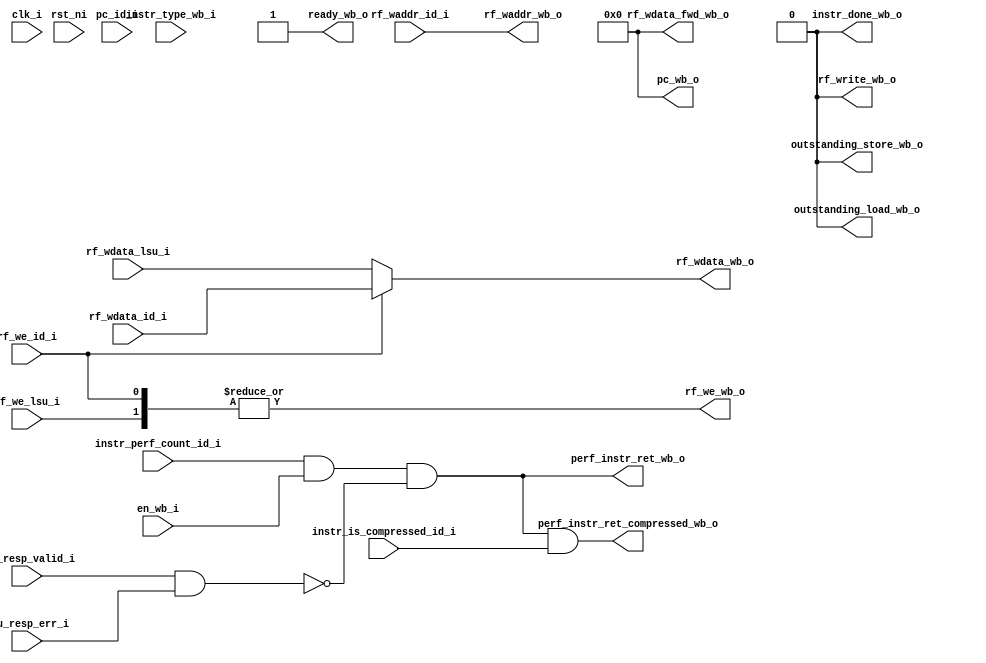
module ibex_wb_stage (
	clk_i,
	rst_ni,
	en_wb_i,
	instr_type_wb_i,
	pc_id_i,
	instr_is_compressed_id_i,
	instr_perf_count_id_i,
	ready_wb_o,
	rf_write_wb_o,
	outstanding_load_wb_o,
	outstanding_store_wb_o,
	pc_wb_o,
	perf_instr_ret_wb_o,
	perf_instr_ret_compressed_wb_o,
	rf_waddr_id_i,
	rf_wdata_id_i,
	rf_we_id_i,
	rf_wdata_lsu_i,
	rf_we_lsu_i,
	rf_wdata_fwd_wb_o,
	rf_waddr_wb_o,
	rf_wdata_wb_o,
	rf_we_wb_o,
	lsu_resp_valid_i,
	lsu_resp_err_i,
	instr_done_wb_o
);
	parameter [0:0] WritebackStage = 1'b0;
	input wire clk_i;
	input wire rst_ni;
	input wire en_wb_i;
	input wire [1:0] instr_type_wb_i;
	input wire [31:0] pc_id_i;
	input wire instr_is_compressed_id_i;
	input wire instr_perf_count_id_i;
	output wire ready_wb_o;
	output wire rf_write_wb_o;
	output wire outstanding_load_wb_o;
	output wire outstanding_store_wb_o;
	output wire [31:0] pc_wb_o;
	output wire perf_instr_ret_wb_o;
	output wire perf_instr_ret_compressed_wb_o;
	input wire [4:0] rf_waddr_id_i;
	input wire [31:0] rf_wdata_id_i;
	input wire rf_we_id_i;
	input wire [31:0] rf_wdata_lsu_i;
	input wire rf_we_lsu_i;
	output wire [31:0] rf_wdata_fwd_wb_o;
	output wire [4:0] rf_waddr_wb_o;
	output wire [31:0] rf_wdata_wb_o;
	output wire rf_we_wb_o;
	input wire lsu_resp_valid_i;
	input wire lsu_resp_err_i;
	output wire instr_done_wb_o;
	localparam integer RegFileFF = 0;
	localparam integer RegFileFPGA = 1;
	localparam integer RegFileLatch = 2;
	localparam integer RV32MNone = 0;
	localparam integer RV32MSlow = 1;
	localparam integer RV32MFast = 2;
	localparam integer RV32MSingleCycle = 3;
	localparam integer RV32BNone = 0;
	localparam integer RV32BBalanced = 1;
	localparam integer RV32BFull = 2;
	localparam [6:0] OPCODE_LOAD = 7'h03;
	localparam [6:0] OPCODE_MISC_MEM = 7'h0f;
	localparam [6:0] OPCODE_OP_IMM = 7'h13;
	localparam [6:0] OPCODE_AUIPC = 7'h17;
	localparam [6:0] OPCODE_STORE = 7'h23;
	localparam [6:0] OPCODE_OP = 7'h33;
	localparam [6:0] OPCODE_LUI = 7'h37;
	localparam [6:0] OPCODE_BRANCH = 7'h63;
	localparam [6:0] OPCODE_JALR = 7'h67;
	localparam [6:0] OPCODE_JAL = 7'h6f;
	localparam [6:0] OPCODE_SYSTEM = 7'h73;
	localparam [5:0] ALU_ADD = 0;
	localparam [5:0] ALU_SUB = 1;
	localparam [5:0] ALU_XOR = 2;
	localparam [5:0] ALU_OR = 3;
	localparam [5:0] ALU_AND = 4;
	localparam [5:0] ALU_XNOR = 5;
	localparam [5:0] ALU_ORN = 6;
	localparam [5:0] ALU_ANDN = 7;
	localparam [5:0] ALU_SRA = 8;
	localparam [5:0] ALU_SRL = 9;
	localparam [5:0] ALU_SLL = 10;
	localparam [5:0] ALU_SRO = 11;
	localparam [5:0] ALU_SLO = 12;
	localparam [5:0] ALU_ROR = 13;
	localparam [5:0] ALU_ROL = 14;
	localparam [5:0] ALU_GREV = 15;
	localparam [5:0] ALU_GORC = 16;
	localparam [5:0] ALU_SHFL = 17;
	localparam [5:0] ALU_UNSHFL = 18;
	localparam [5:0] ALU_LT = 19;
	localparam [5:0] ALU_LTU = 20;
	localparam [5:0] ALU_GE = 21;
	localparam [5:0] ALU_GEU = 22;
	localparam [5:0] ALU_EQ = 23;
	localparam [5:0] ALU_NE = 24;
	localparam [5:0] ALU_MIN = 25;
	localparam [5:0] ALU_MINU = 26;
	localparam [5:0] ALU_MAX = 27;
	localparam [5:0] ALU_MAXU = 28;
	localparam [5:0] ALU_PACK = 29;
	localparam [5:0] ALU_PACKU = 30;
	localparam [5:0] ALU_PACKH = 31;
	localparam [5:0] ALU_SEXTB = 32;
	localparam [5:0] ALU_SEXTH = 33;
	localparam [5:0] ALU_CLZ = 34;
	localparam [5:0] ALU_CTZ = 35;
	localparam [5:0] ALU_PCNT = 36;
	localparam [5:0] ALU_SLT = 37;
	localparam [5:0] ALU_SLTU = 38;
	localparam [5:0] ALU_CMOV = 39;
	localparam [5:0] ALU_CMIX = 40;
	localparam [5:0] ALU_FSL = 41;
	localparam [5:0] ALU_FSR = 42;
	localparam [5:0] ALU_SBSET = 43;
	localparam [5:0] ALU_SBCLR = 44;
	localparam [5:0] ALU_SBINV = 45;
	localparam [5:0] ALU_SBEXT = 46;
	localparam [5:0] ALU_BEXT = 47;
	localparam [5:0] ALU_BDEP = 48;
	localparam [5:0] ALU_BFP = 49;
	localparam [5:0] ALU_CLMUL = 50;
	localparam [5:0] ALU_CLMULR = 51;
	localparam [5:0] ALU_CLMULH = 52;
	localparam [5:0] ALU_CRC32_B = 53;
	localparam [5:0] ALU_CRC32C_B = 54;
	localparam [5:0] ALU_CRC32_H = 55;
	localparam [5:0] ALU_CRC32C_H = 56;
	localparam [5:0] ALU_CRC32_W = 57;
	localparam [5:0] ALU_CRC32C_W = 58;
	localparam [1:0] MD_OP_MULL = 0;
	localparam [1:0] MD_OP_MULH = 1;
	localparam [1:0] MD_OP_DIV = 2;
	localparam [1:0] MD_OP_REM = 3;
	localparam [1:0] CSR_OP_READ = 0;
	localparam [1:0] CSR_OP_WRITE = 1;
	localparam [1:0] CSR_OP_SET = 2;
	localparam [1:0] CSR_OP_CLEAR = 3;
	localparam [1:0] PRIV_LVL_M = 2'b11;
	localparam [1:0] PRIV_LVL_H = 2'b10;
	localparam [1:0] PRIV_LVL_S = 2'b01;
	localparam [1:0] PRIV_LVL_U = 2'b00;
	localparam [3:0] XDEBUGVER_NO = 4'd0;
	localparam [3:0] XDEBUGVER_STD = 4'd4;
	localparam [3:0] XDEBUGVER_NONSTD = 4'd15;
	localparam [1:0] WB_INSTR_LOAD = 0;
	localparam [1:0] WB_INSTR_STORE = 1;
	localparam [1:0] WB_INSTR_OTHER = 2;
	localparam [1:0] OP_A_REG_A = 0;
	localparam [1:0] OP_A_FWD = 1;
	localparam [1:0] OP_A_CURRPC = 2;
	localparam [1:0] OP_A_IMM = 3;
	localparam [0:0] IMM_A_Z = 0;
	localparam [0:0] IMM_A_ZERO = 1;
	localparam [0:0] OP_B_REG_B = 0;
	localparam [0:0] OP_B_IMM = 1;
	localparam [2:0] IMM_B_I = 0;
	localparam [2:0] IMM_B_S = 1;
	localparam [2:0] IMM_B_B = 2;
	localparam [2:0] IMM_B_U = 3;
	localparam [2:0] IMM_B_J = 4;
	localparam [2:0] IMM_B_INCR_PC = 5;
	localparam [2:0] IMM_B_INCR_ADDR = 6;
	localparam [0:0] RF_WD_EX = 0;
	localparam [0:0] RF_WD_CSR = 1;
	localparam [2:0] PC_BOOT = 0;
	localparam [2:0] PC_JUMP = 1;
	localparam [2:0] PC_EXC = 2;
	localparam [2:0] PC_ERET = 3;
	localparam [2:0] PC_DRET = 4;
	localparam [2:0] PC_BP = 5;
	localparam [1:0] EXC_PC_EXC = 0;
	localparam [1:0] EXC_PC_IRQ = 1;
	localparam [1:0] EXC_PC_DBD = 2;
	localparam [1:0] EXC_PC_DBG_EXC = 3;
	localparam [5:0] EXC_CAUSE_IRQ_SOFTWARE_M = {1'b1, 5'd3};
	localparam [5:0] EXC_CAUSE_IRQ_TIMER_M = {1'b1, 5'd7};
	localparam [5:0] EXC_CAUSE_IRQ_EXTERNAL_M = {1'b1, 5'd11};
	localparam [5:0] EXC_CAUSE_IRQ_NM = {1'b1, 5'd31};
	localparam [5:0] EXC_CAUSE_INSN_ADDR_MISA = {1'b0, 5'd0};
	localparam [5:0] EXC_CAUSE_INSTR_ACCESS_FAULT = {1'b0, 5'd1};
	localparam [5:0] EXC_CAUSE_ILLEGAL_INSN = {1'b0, 5'd2};
	localparam [5:0] EXC_CAUSE_BREAKPOINT = {1'b0, 5'd3};
	localparam [5:0] EXC_CAUSE_LOAD_ACCESS_FAULT = {1'b0, 5'd5};
	localparam [5:0] EXC_CAUSE_STORE_ACCESS_FAULT = {1'b0, 5'd7};
	localparam [5:0] EXC_CAUSE_ECALL_UMODE = {1'b0, 5'd8};
	localparam [5:0] EXC_CAUSE_ECALL_MMODE = {1'b0, 5'd11};
	localparam [2:0] DBG_CAUSE_NONE = 3'h0;
	localparam [2:0] DBG_CAUSE_EBREAK = 3'h1;
	localparam [2:0] DBG_CAUSE_TRIGGER = 3'h2;
	localparam [2:0] DBG_CAUSE_HALTREQ = 3'h3;
	localparam [2:0] DBG_CAUSE_STEP = 3'h4;
	localparam [31:0] PMP_MAX_REGIONS = 16;
	localparam [31:0] PMP_CFG_W = 8;
	localparam [31:0] PMP_I = 0;
	localparam [31:0] PMP_D = 1;
	localparam [1:0] PMP_ACC_EXEC = 2'b00;
	localparam [1:0] PMP_ACC_WRITE = 2'b01;
	localparam [1:0] PMP_ACC_READ = 2'b10;
	localparam [1:0] PMP_MODE_OFF = 2'b00;
	localparam [1:0] PMP_MODE_TOR = 2'b01;
	localparam [1:0] PMP_MODE_NA4 = 2'b10;
	localparam [1:0] PMP_MODE_NAPOT = 2'b11;
	localparam [11:0] CSR_MHARTID = 12'hf14;
	localparam [11:0] CSR_MSTATUS = 12'h300;
	localparam [11:0] CSR_MISA = 12'h301;
	localparam [11:0] CSR_MIE = 12'h304;
	localparam [11:0] CSR_MTVEC = 12'h305;
	localparam [11:0] CSR_MSCRATCH = 12'h340;
	localparam [11:0] CSR_MEPC = 12'h341;
	localparam [11:0] CSR_MCAUSE = 12'h342;
	localparam [11:0] CSR_MTVAL = 12'h343;
	localparam [11:0] CSR_MIP = 12'h344;
	localparam [11:0] CSR_PMPCFG0 = 12'h3a0;
	localparam [11:0] CSR_PMPCFG1 = 12'h3a1;
	localparam [11:0] CSR_PMPCFG2 = 12'h3a2;
	localparam [11:0] CSR_PMPCFG3 = 12'h3a3;
	localparam [11:0] CSR_PMPADDR0 = 12'h3b0;
	localparam [11:0] CSR_PMPADDR1 = 12'h3b1;
	localparam [11:0] CSR_PMPADDR2 = 12'h3b2;
	localparam [11:0] CSR_PMPADDR3 = 12'h3b3;
	localparam [11:0] CSR_PMPADDR4 = 12'h3b4;
	localparam [11:0] CSR_PMPADDR5 = 12'h3b5;
	localparam [11:0] CSR_PMPADDR6 = 12'h3b6;
	localparam [11:0] CSR_PMPADDR7 = 12'h3b7;
	localparam [11:0] CSR_PMPADDR8 = 12'h3b8;
	localparam [11:0] CSR_PMPADDR9 = 12'h3b9;
	localparam [11:0] CSR_PMPADDR10 = 12'h3ba;
	localparam [11:0] CSR_PMPADDR11 = 12'h3bb;
	localparam [11:0] CSR_PMPADDR12 = 12'h3bc;
	localparam [11:0] CSR_PMPADDR13 = 12'h3bd;
	localparam [11:0] CSR_PMPADDR14 = 12'h3be;
	localparam [11:0] CSR_PMPADDR15 = 12'h3bf;
	localparam [11:0] CSR_TSELECT = 12'h7a0;
	localparam [11:0] CSR_TDATA1 = 12'h7a1;
	localparam [11:0] CSR_TDATA2 = 12'h7a2;
	localparam [11:0] CSR_TDATA3 = 12'h7a3;
	localparam [11:0] CSR_MCONTEXT = 12'h7a8;
	localparam [11:0] CSR_SCONTEXT = 12'h7aa;
	localparam [11:0] CSR_DCSR = 12'h7b0;
	localparam [11:0] CSR_DPC = 12'h7b1;
	localparam [11:0] CSR_DSCRATCH0 = 12'h7b2;
	localparam [11:0] CSR_DSCRATCH1 = 12'h7b3;
	localparam [11:0] CSR_MCOUNTINHIBIT = 12'h320;
	localparam [11:0] CSR_MHPMEVENT3 = 12'h323;
	localparam [11:0] CSR_MHPMEVENT4 = 12'h324;
	localparam [11:0] CSR_MHPMEVENT5 = 12'h325;
	localparam [11:0] CSR_MHPMEVENT6 = 12'h326;
	localparam [11:0] CSR_MHPMEVENT7 = 12'h327;
	localparam [11:0] CSR_MHPMEVENT8 = 12'h328;
	localparam [11:0] CSR_MHPMEVENT9 = 12'h329;
	localparam [11:0] CSR_MHPMEVENT10 = 12'h32a;
	localparam [11:0] CSR_MHPMEVENT11 = 12'h32b;
	localparam [11:0] CSR_MHPMEVENT12 = 12'h32c;
	localparam [11:0] CSR_MHPMEVENT13 = 12'h32d;
	localparam [11:0] CSR_MHPMEVENT14 = 12'h32e;
	localparam [11:0] CSR_MHPMEVENT15 = 12'h32f;
	localparam [11:0] CSR_MHPMEVENT16 = 12'h330;
	localparam [11:0] CSR_MHPMEVENT17 = 12'h331;
	localparam [11:0] CSR_MHPMEVENT18 = 12'h332;
	localparam [11:0] CSR_MHPMEVENT19 = 12'h333;
	localparam [11:0] CSR_MHPMEVENT20 = 12'h334;
	localparam [11:0] CSR_MHPMEVENT21 = 12'h335;
	localparam [11:0] CSR_MHPMEVENT22 = 12'h336;
	localparam [11:0] CSR_MHPMEVENT23 = 12'h337;
	localparam [11:0] CSR_MHPMEVENT24 = 12'h338;
	localparam [11:0] CSR_MHPMEVENT25 = 12'h339;
	localparam [11:0] CSR_MHPMEVENT26 = 12'h33a;
	localparam [11:0] CSR_MHPMEVENT27 = 12'h33b;
	localparam [11:0] CSR_MHPMEVENT28 = 12'h33c;
	localparam [11:0] CSR_MHPMEVENT29 = 12'h33d;
	localparam [11:0] CSR_MHPMEVENT30 = 12'h33e;
	localparam [11:0] CSR_MHPMEVENT31 = 12'h33f;
	localparam [11:0] CSR_MCYCLE = 12'hb00;
	localparam [11:0] CSR_MINSTRET = 12'hb02;
	localparam [11:0] CSR_MHPMCOUNTER3 = 12'hb03;
	localparam [11:0] CSR_MHPMCOUNTER4 = 12'hb04;
	localparam [11:0] CSR_MHPMCOUNTER5 = 12'hb05;
	localparam [11:0] CSR_MHPMCOUNTER6 = 12'hb06;
	localparam [11:0] CSR_MHPMCOUNTER7 = 12'hb07;
	localparam [11:0] CSR_MHPMCOUNTER8 = 12'hb08;
	localparam [11:0] CSR_MHPMCOUNTER9 = 12'hb09;
	localparam [11:0] CSR_MHPMCOUNTER10 = 12'hb0a;
	localparam [11:0] CSR_MHPMCOUNTER11 = 12'hb0b;
	localparam [11:0] CSR_MHPMCOUNTER12 = 12'hb0c;
	localparam [11:0] CSR_MHPMCOUNTER13 = 12'hb0d;
	localparam [11:0] CSR_MHPMCOUNTER14 = 12'hb0e;
	localparam [11:0] CSR_MHPMCOUNTER15 = 12'hb0f;
	localparam [11:0] CSR_MHPMCOUNTER16 = 12'hb10;
	localparam [11:0] CSR_MHPMCOUNTER17 = 12'hb11;
	localparam [11:0] CSR_MHPMCOUNTER18 = 12'hb12;
	localparam [11:0] CSR_MHPMCOUNTER19 = 12'hb13;
	localparam [11:0] CSR_MHPMCOUNTER20 = 12'hb14;
	localparam [11:0] CSR_MHPMCOUNTER21 = 12'hb15;
	localparam [11:0] CSR_MHPMCOUNTER22 = 12'hb16;
	localparam [11:0] CSR_MHPMCOUNTER23 = 12'hb17;
	localparam [11:0] CSR_MHPMCOUNTER24 = 12'hb18;
	localparam [11:0] CSR_MHPMCOUNTER25 = 12'hb19;
	localparam [11:0] CSR_MHPMCOUNTER26 = 12'hb1a;
	localparam [11:0] CSR_MHPMCOUNTER27 = 12'hb1b;
	localparam [11:0] CSR_MHPMCOUNTER28 = 12'hb1c;
	localparam [11:0] CSR_MHPMCOUNTER29 = 12'hb1d;
	localparam [11:0] CSR_MHPMCOUNTER30 = 12'hb1e;
	localparam [11:0] CSR_MHPMCOUNTER31 = 12'hb1f;
	localparam [11:0] CSR_MCYCLEH = 12'hb80;
	localparam [11:0] CSR_MINSTRETH = 12'hb82;
	localparam [11:0] CSR_MHPMCOUNTER3H = 12'hb83;
	localparam [11:0] CSR_MHPMCOUNTER4H = 12'hb84;
	localparam [11:0] CSR_MHPMCOUNTER5H = 12'hb85;
	localparam [11:0] CSR_MHPMCOUNTER6H = 12'hb86;
	localparam [11:0] CSR_MHPMCOUNTER7H = 12'hb87;
	localparam [11:0] CSR_MHPMCOUNTER8H = 12'hb88;
	localparam [11:0] CSR_MHPMCOUNTER9H = 12'hb89;
	localparam [11:0] CSR_MHPMCOUNTER10H = 12'hb8a;
	localparam [11:0] CSR_MHPMCOUNTER11H = 12'hb8b;
	localparam [11:0] CSR_MHPMCOUNTER12H = 12'hb8c;
	localparam [11:0] CSR_MHPMCOUNTER13H = 12'hb8d;
	localparam [11:0] CSR_MHPMCOUNTER14H = 12'hb8e;
	localparam [11:0] CSR_MHPMCOUNTER15H = 12'hb8f;
	localparam [11:0] CSR_MHPMCOUNTER16H = 12'hb90;
	localparam [11:0] CSR_MHPMCOUNTER17H = 12'hb91;
	localparam [11:0] CSR_MHPMCOUNTER18H = 12'hb92;
	localparam [11:0] CSR_MHPMCOUNTER19H = 12'hb93;
	localparam [11:0] CSR_MHPMCOUNTER20H = 12'hb94;
	localparam [11:0] CSR_MHPMCOUNTER21H = 12'hb95;
	localparam [11:0] CSR_MHPMCOUNTER22H = 12'hb96;
	localparam [11:0] CSR_MHPMCOUNTER23H = 12'hb97;
	localparam [11:0] CSR_MHPMCOUNTER24H = 12'hb98;
	localparam [11:0] CSR_MHPMCOUNTER25H = 12'hb99;
	localparam [11:0] CSR_MHPMCOUNTER26H = 12'hb9a;
	localparam [11:0] CSR_MHPMCOUNTER27H = 12'hb9b;
	localparam [11:0] CSR_MHPMCOUNTER28H = 12'hb9c;
	localparam [11:0] CSR_MHPMCOUNTER29H = 12'hb9d;
	localparam [11:0] CSR_MHPMCOUNTER30H = 12'hb9e;
	localparam [11:0] CSR_MHPMCOUNTER31H = 12'hb9f;
	localparam [11:0] CSR_CPUCTRL = 12'h7c0;
	localparam [11:0] CSR_SECURESEED = 12'h7c1;
	localparam [11:0] CSR_OFF_PMP_CFG = 12'h3a0;
	localparam [11:0] CSR_OFF_PMP_ADDR = 12'h3b0;
	localparam [31:0] CSR_MSTATUS_MIE_BIT = 3;
	localparam [31:0] CSR_MSTATUS_MPIE_BIT = 7;
	localparam [31:0] CSR_MSTATUS_MPP_BIT_LOW = 11;
	localparam [31:0] CSR_MSTATUS_MPP_BIT_HIGH = 12;
	localparam [31:0] CSR_MSTATUS_MPRV_BIT = 17;
	localparam [31:0] CSR_MSTATUS_TW_BIT = 21;
	localparam [1:0] CSR_MISA_MXL = 2'd1;
	localparam [31:0] CSR_MSIX_BIT = 3;
	localparam [31:0] CSR_MTIX_BIT = 7;
	localparam [31:0] CSR_MEIX_BIT = 11;
	localparam [31:0] CSR_MFIX_BIT_LOW = 16;
	localparam [31:0] CSR_MFIX_BIT_HIGH = 30;
	wire [31:0] rf_wdata_wb_mux [0:1];
	wire [1:0] rf_wdata_wb_mux_we;
	generate
		if (WritebackStage) begin : g_writeback_stage
			reg [31:0] rf_wdata_wb_q;
			reg rf_we_wb_q;
			reg [4:0] rf_waddr_wb_q;
			wire wb_done;
			reg wb_valid_q;
			reg [31:0] wb_pc_q;
			reg wb_compressed_q;
			reg wb_count_q;
			reg [1:0] wb_instr_type_q;
			wire wb_valid_d;
			assign wb_valid_d = (en_wb_i & ready_wb_o) | (wb_valid_q & ~wb_done);
			assign wb_done = (wb_instr_type_q == WB_INSTR_OTHER) | lsu_resp_valid_i;
			always @(posedge clk_i or negedge rst_ni)
				if (~rst_ni)
					wb_valid_q <= 1'b0;
				else
					wb_valid_q <= wb_valid_d;
			always @(posedge clk_i)
				if (en_wb_i) begin
					rf_we_wb_q <= rf_we_id_i;
					rf_waddr_wb_q <= rf_waddr_id_i;
					rf_wdata_wb_q <= rf_wdata_id_i;
					wb_instr_type_q <= instr_type_wb_i;
					wb_pc_q <= pc_id_i;
					wb_compressed_q <= instr_is_compressed_id_i;
					wb_count_q <= instr_perf_count_id_i;
				end
			assign rf_waddr_wb_o = rf_waddr_wb_q;
			assign rf_wdata_wb_mux[0] = rf_wdata_wb_q;
			assign rf_wdata_wb_mux_we[0] = rf_we_wb_q & wb_valid_q;
			assign ready_wb_o = ~wb_valid_q | wb_done;
			assign rf_write_wb_o = wb_valid_q & (rf_we_wb_q | (wb_instr_type_q == WB_INSTR_LOAD));
			assign outstanding_load_wb_o = wb_valid_q & (wb_instr_type_q == WB_INSTR_LOAD);
			assign outstanding_store_wb_o = wb_valid_q & (wb_instr_type_q == WB_INSTR_STORE);
			assign pc_wb_o = wb_pc_q;
			assign instr_done_wb_o = wb_valid_q & wb_done;
			assign perf_instr_ret_wb_o = (instr_done_wb_o & wb_count_q) & ~(lsu_resp_valid_i & lsu_resp_err_i);
			assign perf_instr_ret_compressed_wb_o = perf_instr_ret_wb_o & wb_compressed_q;
			assign rf_wdata_fwd_wb_o = rf_wdata_wb_q;
		end
		else begin : g_bypass_wb
			assign rf_waddr_wb_o = rf_waddr_id_i;
			assign rf_wdata_wb_mux[0] = rf_wdata_id_i;
			assign rf_wdata_wb_mux_we[0] = rf_we_id_i;
			assign perf_instr_ret_wb_o = (instr_perf_count_id_i & en_wb_i) & ~(lsu_resp_valid_i & lsu_resp_err_i);
			assign perf_instr_ret_compressed_wb_o = perf_instr_ret_wb_o & instr_is_compressed_id_i;
			assign ready_wb_o = 1'b1;
			wire unused_clk;
			wire unused_rst;
			wire [1:0] unused_instr_type_wb;
			wire [31:0] unused_pc_id;
			assign unused_clk = clk_i;
			assign unused_rst = rst_ni;
			assign unused_instr_type_wb = instr_type_wb_i;
			assign unused_pc_id = pc_id_i;
			assign outstanding_load_wb_o = 1'b0;
			assign outstanding_store_wb_o = 1'b0;
			assign pc_wb_o = {32 {1'sb0}};
			assign rf_write_wb_o = 1'b0;
			assign rf_wdata_fwd_wb_o = 32'b00000000000000000000000000000000;
			assign instr_done_wb_o = 1'b0;
		end
	endgenerate
	assign rf_wdata_wb_mux[1] = rf_wdata_lsu_i;
	assign rf_wdata_wb_mux_we[1] = rf_we_lsu_i;
	assign rf_wdata_wb_o = (rf_wdata_wb_mux_we[0] ? rf_wdata_wb_mux[0] : rf_wdata_wb_mux[1]);
	assign rf_we_wb_o = |rf_wdata_wb_mux_we;
endmodule